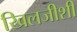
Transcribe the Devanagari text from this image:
खिलजीशी